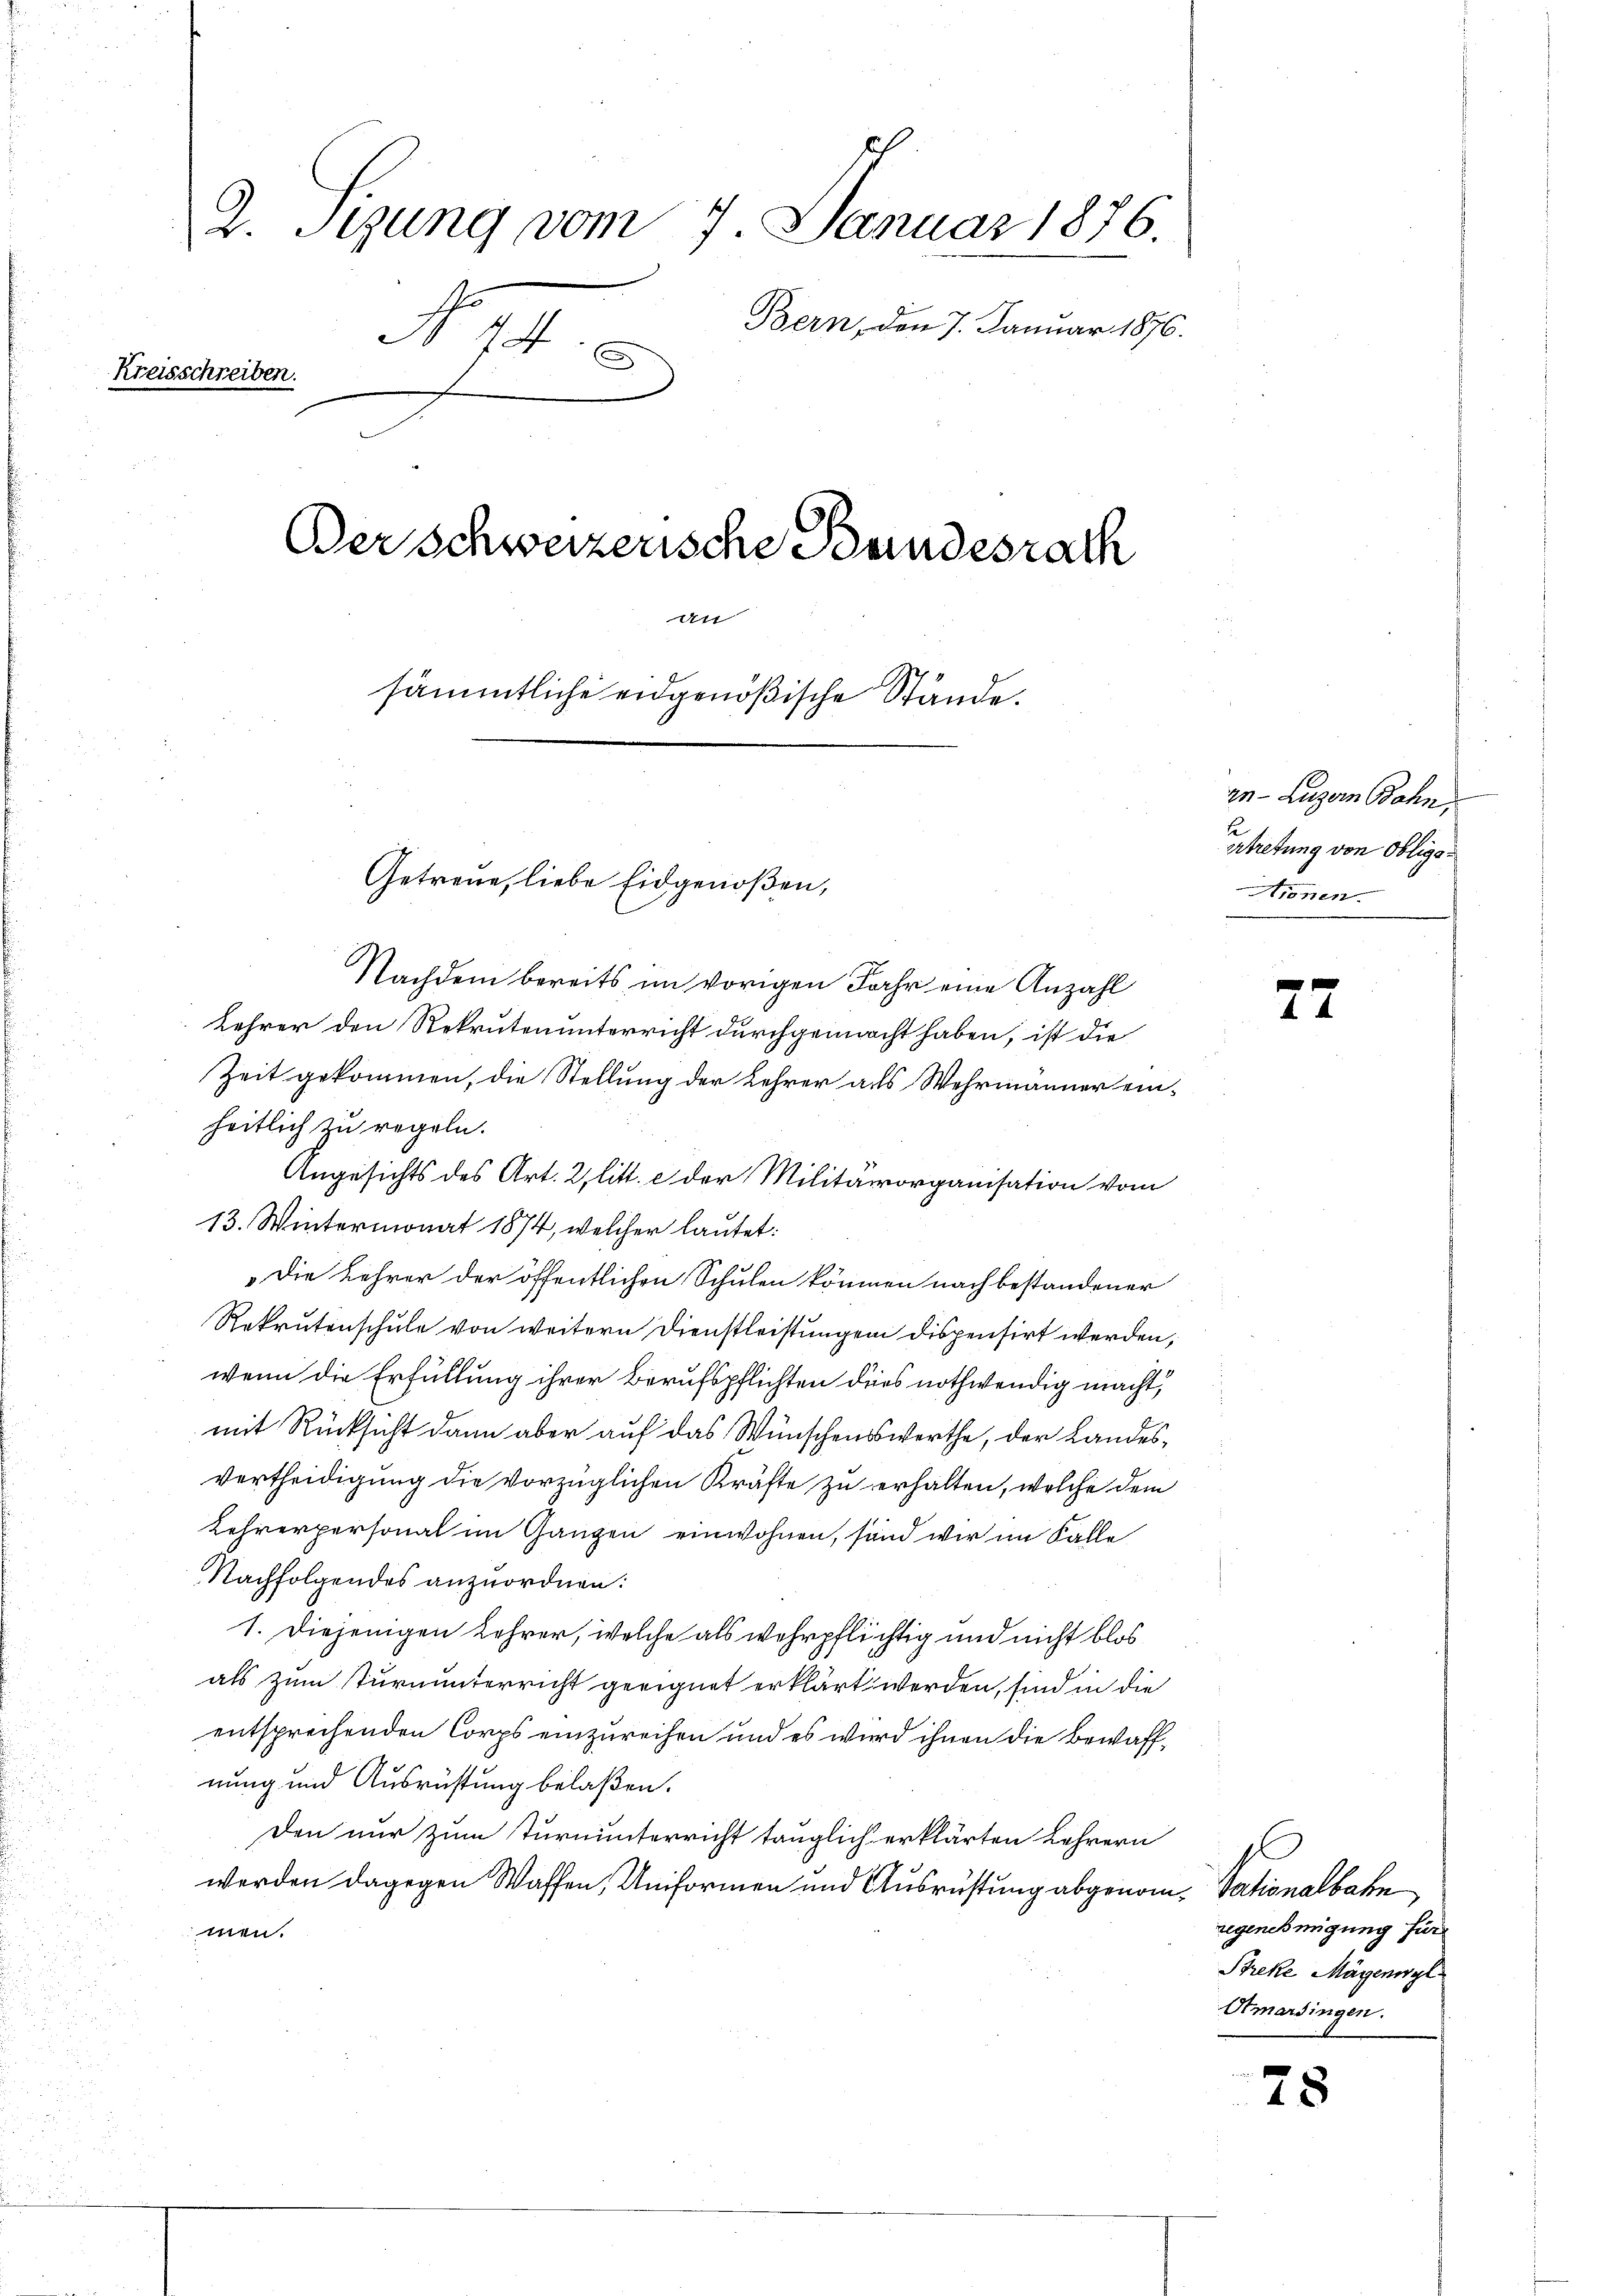
I

2. Sizung vom 7. Januar 1876.
Bern, den 7. Januar 1876.
N. 11.
Kreisschreiben.
Ber schweizerische Bundesrath
An
sämmtliche eidgenößische Stände.

Getreue, liebe Eidgenoßen,

Nachdem bereits im vorigen Jahr eine Anzahl
Lehrer den Rekrutenunterricht durchgemacht haben, ist die
Zeit gekommen, die Stellung der Lehrer als Wehrmänner einheitlich zu regeln.
Angesichts des Art. 2, litt. e der Militärorganisation vom
13. Wintermonat 1874, welcher lautet:
Die Lehrer der öffentlichen Schulen können nach bestandener
Rekrutenschule von weitern Dienstleistungen dispensirt werden,
wenn die Erfüllung ihrer Berufspflichten dies nothwendig macht,
mit Rücksicht dann aber auf das Wünschenswerthe, der Landesvertheidigung die vorzüglichen Kräfte zu erhalten, welche dem
Lehrerpersonal im Ganzen einwohnen, sind wir im Falle
Nachfolgendes anzuordnen:
1. Diejenigen Lehrer, welche als wehrpflichtig und nicht blos
als zum Turnunterricht geeignet erklärt werden, sind in die
entsprechenden Corps einzureihen und es wird ihnen die Bewaffnung und Ausrüstung belaßen.
Den nur zum Turnunterricht tauglich erklärten Lehrern
werden dagegen Waffen, Uniformen und Ausrüstung abgenom, Sationalbahn
men.

rn Luzern Bahn,
2
ertretung von Obliga¬
Hienen.

regenehmigung für
Streke Mägenwyl
Amarsingen.

78